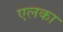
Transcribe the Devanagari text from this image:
एलका